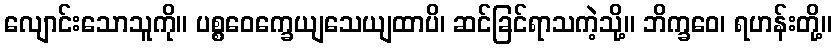
လျောင်းသောသူကို။ ပစ္စဝေက္ခေယျသေယျထာပိ၊ ဆင်ခြင်ရာသကဲ့သို့။ ဘိက္ခဝေ၊ ရဟန်းတို့။